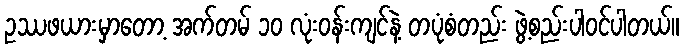
ဥဿဖယားမှာတော့ အက်တမ် ၁၀ လုံးဝန်းကျင်နဲ့ တပုံစံတည်း ဖွဲ့စည်းပါဝင်ပါတယ်။